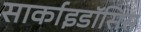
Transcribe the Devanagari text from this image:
सार्काइडॉसिस